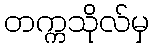
တက္ကသိုလ်မှ